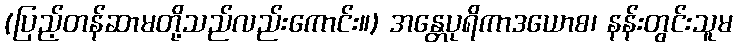
(ပြည့်တန်ဆာမတို့သည်လည်းကောင်း။) အန္တေပုရိကာဒယောစ၊ နန်းတွင်းသူမ